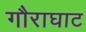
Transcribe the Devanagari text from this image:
गौराघाट